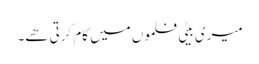
میری بیٹی فلموں میں کام کرتی ھے۔